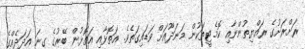
ރަށްރަށުގެ ރައްޔިތުންނާއި ކޮމެޓީތަކުން މަނަދޫއަށް ވަޑައިގަތެވެ. އަތޮޅާއި އަތޮޅުން ބޭރުގެ ގިނަ އަދަދެއްގެ